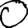
Digit: 0